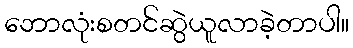
ဘောလုံးစတင်ဆွဲယူလာခဲ့တာပါ။